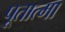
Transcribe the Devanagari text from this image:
पूतात्मा